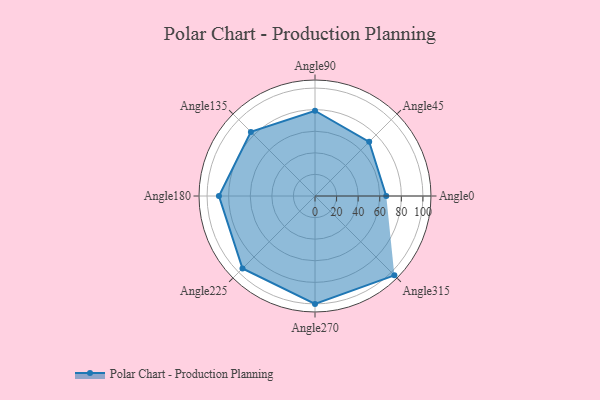
{"axis": {"x": "Angle", "y": "Radius"}, "legend": [""], "data": [{"x": "Angle0", "y": 66.0, "type": ""}, {"x": "Angle45", "y": 71.0, "type": ""}, {"x": "Angle90", "y": 79.0, "type": ""}, {"x": "Angle135", "y": 84.0, "type": ""}, {"x": "Angle180", "y": 89.0, "type": ""}, {"x": "Angle225", "y": 95.0, "type": ""}, {"x": "Angle270", "y": 100.0, "type": ""}, {"x": "Angle315", "y": 104.0, "type": ""}]}